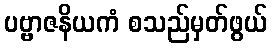
ပဗ္ဗာဇနိယကံ စသည်မှတ်ဖွယ်